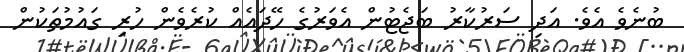
ބުނެވެ އެވެ. އަދި ސަރުކާރު ބަޖެޓުން އެވަރުގެ ހޭދައެއް ކުރެވެން ހުރި ގައުމުތަކުން